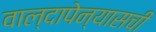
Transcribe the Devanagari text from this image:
वाल्दापेन्यासची